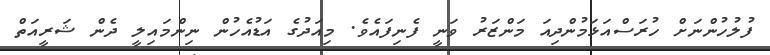
ފުލުހުންނަށް ހުރަސްއަޅަމުންދިއަ މަންޒަރު ވަނީ ފެނިފައެވެ. މިއަދުގެ އަޑުއެހުން ނިންމައިލީ ދެން ޝަރީއަތް